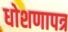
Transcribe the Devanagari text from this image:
धोशणापत्र